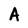
Character: A